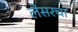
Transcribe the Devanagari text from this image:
लेसरचा